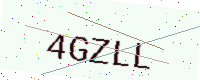
Text: 4GZLL